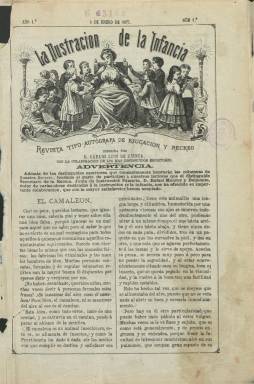
Título: La Ilustración de la infancia
Colección: Revistas infantiles || Educación
Ámbito geográfico: Madrid
Lugar de publicación: Madrid
Fechas: 08/01/1877-12/01/1879

Revista dirigida a niños y jóvenes de ambos sexos con el objetivo de aficionarlos a la lectura, proporcionándoles pasatiempo y diversión a la vez que educación o instrucción moral. Comenzó a publicarse el ocho de enero de 1877, en entregas de ocho páginas, compuestas a dos columnas y con numerosos grabados, editada por Nicolás González (y Balari), que la estampará en su imprenta y litografía de la madrileña calle Silva, y estará dirigida por el dramaturgo, poeta y periodista Carlos Luis de Cuenca (1849-1927), que contará con la colaboración “de los más distinguidos escritores”. Será más de una cuarentena de autores los que se darán cita en sus páginas, entre ellos varias mujeres y prestigiosos literatos románticos.

Ofrece un cuadro de ellos en su cabecera, que también va ilustrada, entre los que aparecen Julia de Asensi, Joaquina García Balmaseda, Blanca Gassó y Ortiz, María de la Concepción Gimeno, Ángela Grassi, María del Pilar Sinués, Manuel Ibo Alfaro, Guillermo Ballester, Pedro Barrera, Ramón de Campoamor, José Castillo y Soriano, Enrique Castillo y Alba, Rafael García Santistéban, Juan Eugenio Hartzenbusch, Manuel Henao y Muñoz y Antonio Hurtado. Uno de sus principales redactores será el propio Cuenca, que usa el seudónimo Luis de Charles, y también aparecen las firmas, entre otras y otros, de Josefa Esteve, Antonio Fernández Grillo, Juan Nicasio Gallego, Ángel Lasso de la Vega, Rafael Luna, Ramón Mesonero Romanos, Alfonso E. Ollero, María del Carmen Prat, José María Cuadrado, José Sánchez Neira, Ricardo Sepúlveda, Sofía Tartilan o Enriqueta Lozano de Vilches, que es autora de la sección La Corona de la infancia. También ofrece su colaboración Rafael Monroy y Belmonte, secretario de la Junta de Instrucción Primaria.

En sus páginas se cultiva la literatura, la biografía y las ciencias. Aparecen publicados textos de divulgación sobre historia natural y religiosa, de España, de geografía y viajes, bellas artes, de educación moral y religiosa, de conocimientos útiles, bibliografía, cuentos, anécdotas, pensamientos, charadas, acertijos, cantares, epístolas y otros teatrales y en verso y alguna traducción. Inserta una media docena de grabados por entrega, de escenas infantiles, retratos de escritores, artistas y personajes históricos y religiosos biografiados o de naturaleza, bellas artes o vistas. Su principal dibujante es E. Bolaños, pero otras ilustraciones son de Capuz, Menéndez, Ortega, Palmaroli, Pellicer, Severini, Toro o Julián Sala, apareciendo en sus grabados las iniciales A.S.A, F.G., B. o Ll. También contará, en la última plana, con una sección de grabados, de F. González, de Labores o patrones. Su subtítulo indica “revista tipo-litográfica de educación y recreo”, y abundan los textos cuyos originales son caligráficos con plumilla, tanto en bastardilla o cursiva como en redonda, que después pasarán a la plancha litográfica.

En un formato en cuarto, su periodicidad fue semanal, aunque en 1878 aparecía tres veces al mes. La última entrega de este título en la Biblioteca Nacional de España es el 101, correspondiente al doce de enero de 1879. Al final del mismo van los índices de materias de los dos tomos anuales, que tienen paginación correlativa propia cada uno. Los grabados que inserta alcanza la suma de 368. Referencias bibliográficas sobre este título son las de María Olivera Zaldua (2013), quien señala que tuvo una segunda época, dirigida por Alfonso Enrique Ollero; y Mercedes Chivelet (2009), que lo describe como magacín y señala que estuvo publicándose al menos hasta agosto de 1881.